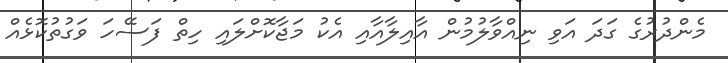
މެންދުރުގެ ގަދަ އަވި ނިއްވާލުމުން އާއިލާއާއި އެކު މަޖާކޮށްލައި ހިތް ފަސޭހަ ވަގުތުކޮޅެއް